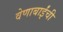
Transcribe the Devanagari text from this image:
वेणाबाईंची